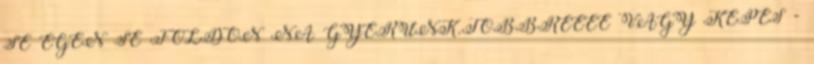
SE ÉGEN SE FÖLDÖN NA GYERÜNK.TÖBBREEEE VAGY KÉPES -